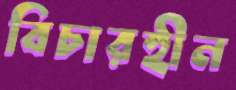
বিচারহীন